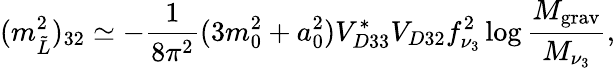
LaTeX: (m_{\tilde{L}}^{2})_{32}\simeq-\frac 1{8\pi^{2}}(3m_{0}^{2}+a_{0}^{2})V_{D33}^{\ast}V_{D32}f_{\nu_{3}}^{2}\log\frac{M_{\mathrm{grav}}}{M_{\nu_{3}}},